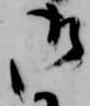
御